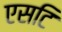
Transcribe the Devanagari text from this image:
एसटि